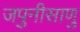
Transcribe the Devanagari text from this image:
जपुनीसाणु